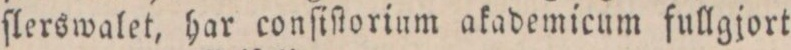
ſlerswalet, har conſiſtorium akademicum fullgjort